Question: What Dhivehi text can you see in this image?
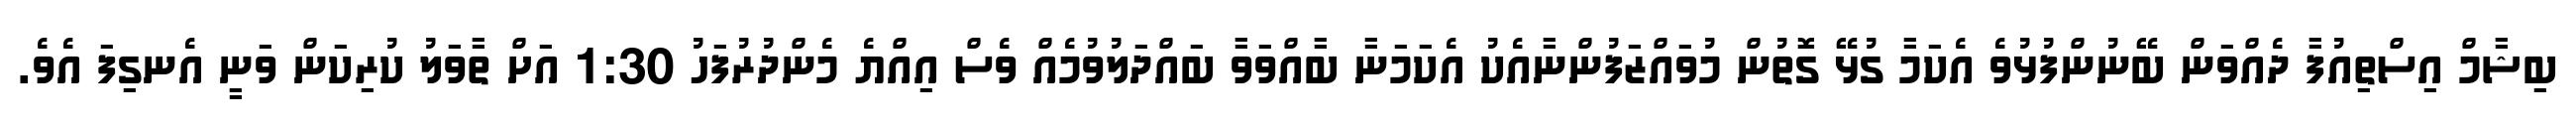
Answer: ބިޝާމް އިސްތިއުފާ ދެއްވަން ބޭނުންފުޅުވެ އެކަމާ ގުޅޭ ގޮތުން މުވައްޒަފުންނާއެކު އެކަމަނާ ބާއްވަވާ ބައްދަލުވުމެއް ވެސް އިއްޔެ މެންދުރުފަހު 1:30 އަށް ތާވަލު ކުރިކަން ވަނީ އެނގިފަ އެވެ.